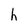
Character: h